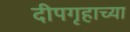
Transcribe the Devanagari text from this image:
दीपगृहाच्या